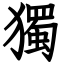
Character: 獨